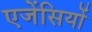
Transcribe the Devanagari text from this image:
एजेंसियों